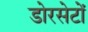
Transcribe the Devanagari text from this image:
डोरसेटों